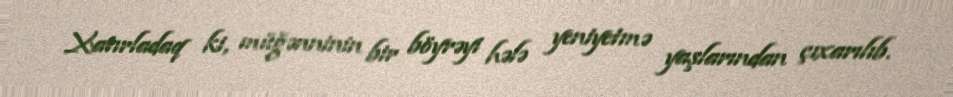
Xatırladaq ki, müğənninin bir böyrəyi hələ yeniyetmə yaşlarından çıxarılıb.